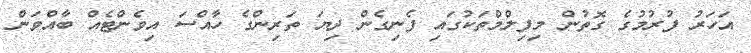
އަހަރު ފުރުމުގެ ގޮތުން މިފިލްމްތަކުގައި ފެނިގެން ދިޔަ ތަރިންގެ ހާއްސަ އިވެންޓެއް ބާއްވަން